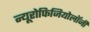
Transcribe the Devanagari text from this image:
न्यूरोफिजियोलॉजी